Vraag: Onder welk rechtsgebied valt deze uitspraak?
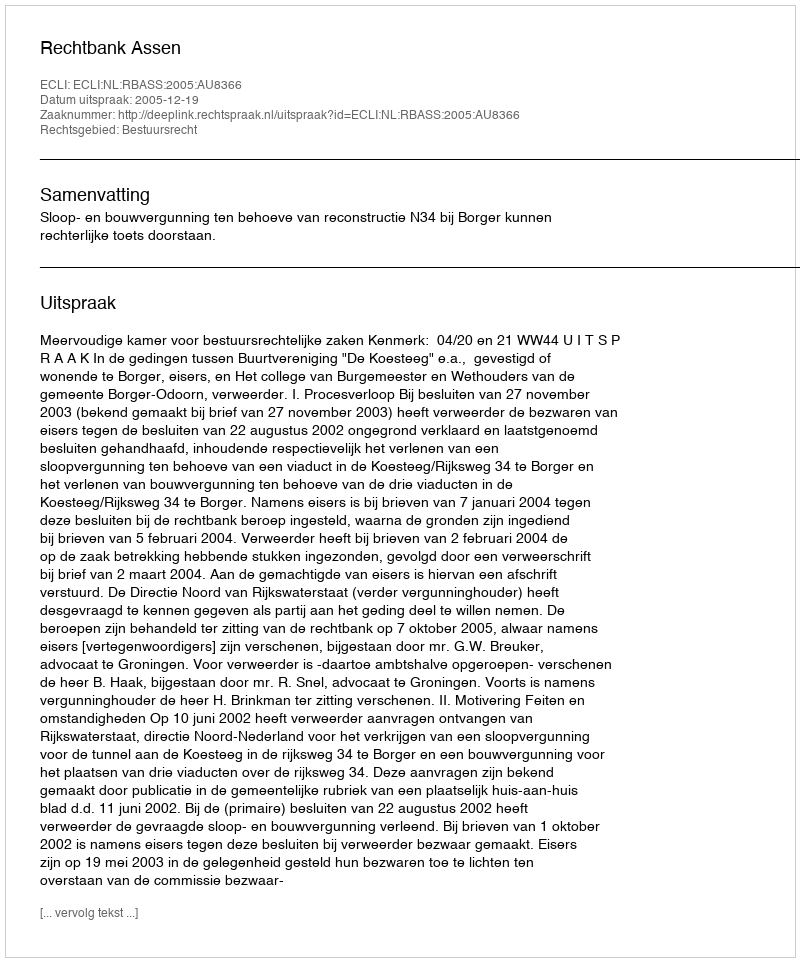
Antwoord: Bestuursrecht